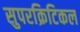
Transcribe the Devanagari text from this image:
सुपरक्रिटिकल